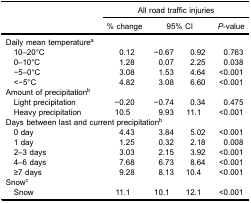
<table><thead><tr><td rowspan="3"><b> </b></td><td colspan="4"><b>All road traffic injuries</b></td></tr><tr><td><b>% change</b></td><td colspan="2"><b>95% CI</b></td><td><b><i>P</i>-value</b></td></tr></thead><tbody><tr><td>Daily mean temperature<sup>a</sup></td><td> </td><td> </td><td> </td><td> </td></tr><tr><td> 10–20°C</td><td>0.12</td><td>−0.67</td><td>0.92</td><td>0.763</td></tr><tr><td> 0–10°C</td><td>1.28</td><td>0.07</td><td>2.25</td><td>0.038</td></tr><tr><td> −5–0°C</td><td>3.08</td><td>1.53</td><td>4.64</td><td>&lt;0.001</td></tr><tr><td> &lt;−5°C</td><td>4.82</td><td>3.08</td><td>6.60</td><td>&lt;0.001</td></tr><tr><td>Amount of precipitation<sup>b</sup></td><td> </td><td> </td><td> </td><td> </td></tr><tr><td> Light precipitation</td><td>−0.20</td><td>−0.74</td><td>0.34</td><td>0.475</td></tr><tr><td> Heavy precipitation</td><td>10.5</td><td>9.93</td><td>11.1</td><td>&lt;0.001</td></tr><tr><td colspan="3">Days between last and current precipitation<sup>b</sup></td><td> </td><td> </td></tr><tr><td> 0 day</td><td>4.43</td><td>3.84</td><td>5.02</td><td>&lt;0.001</td></tr><tr><td> 1 day</td><td>1.25</td><td>0.32</td><td>2.18</td><td>0.008</td></tr><tr><td> 2–3 days</td><td>3.03</td><td>2.15</td><td>3.92</td><td>&lt;0.001</td></tr><tr><td> 4–6 days</td><td>7.68</td><td>6.73</td><td>8.64</td><td>&lt;0.001</td></tr><tr><td> ≥7 days</td><td>9.28</td><td>8.13</td><td>10.4</td><td>&lt;0.001</td></tr><tr><td>Snow<sup>c</sup></td><td> </td><td> </td><td> </td><td> </td></tr><tr><td> Snow</td><td>11.1</td><td>10.1</td><td>12.1</td><td>&lt;0.001</td></tr></tbody></table>